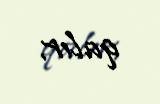
qalır.